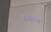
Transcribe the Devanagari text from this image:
स्व्स्थ्य